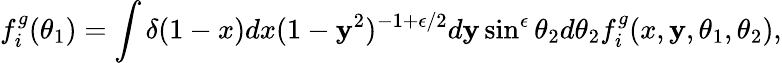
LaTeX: f_{i}^{g}(\theta_{1})=\int\delta(1-x)dx(1-\mathbf{y}^{2})^{-1+\epsilon/2}d\mathbf{y}\sin^{\epsilon}\theta_{2}d\theta_{2}f_{i}^{g}(x,\mathbf{y},\theta_{1},\theta_{2}),